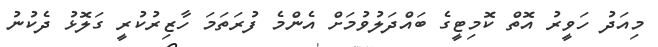
މިއަދު ހަވީރު އޮތް ކޮމިޓީގެ ބައްދަލުވުމަށް އެންމެ ފުރަތަމަ ހާޒިރުކުރީ ގަލޮޅު ދެކުނު